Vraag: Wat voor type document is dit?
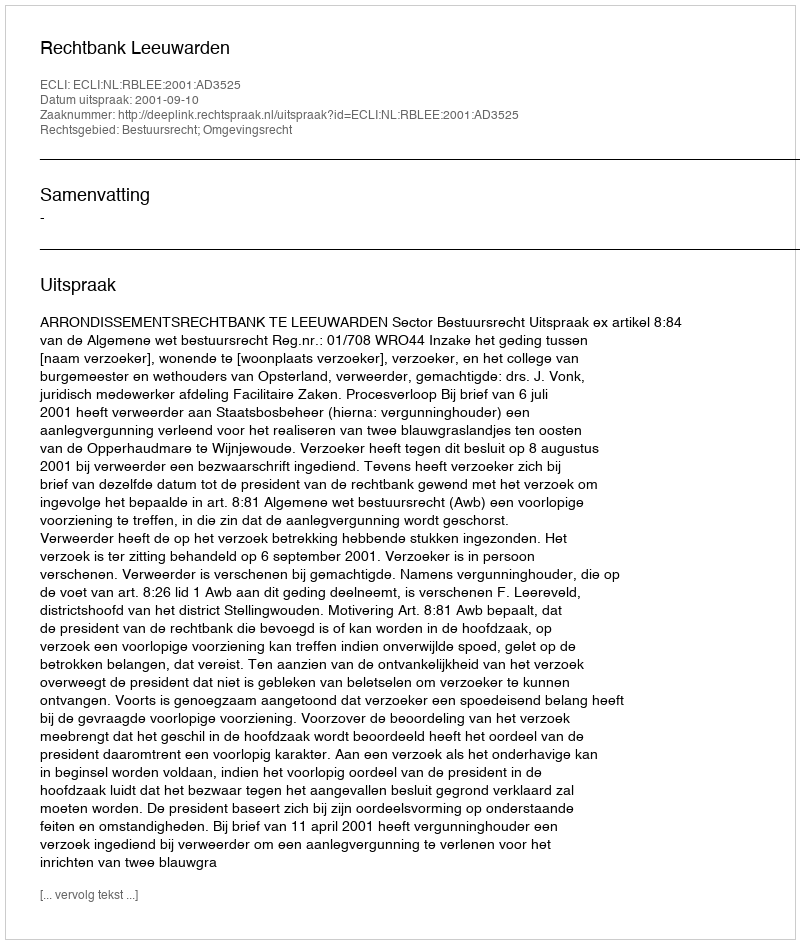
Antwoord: Uitspraak